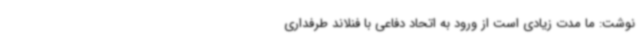
نوشت: ما مدت‌ زیادی است از ورود به اتحاد دفاعی با فنلاند طرفداری